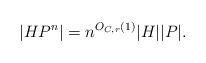
LaTeX: \begin{align*}|HP^n| = n^{O_{C,r}(1)}|H||P|.\end{align*}